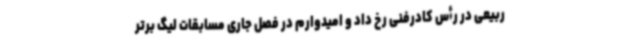
ربیعی در رأس کادرفنی رخ داد و امیدوارم در فصل جاری مسابقات لیگ برتر